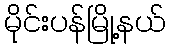
မိုင်းပန်မြို့နယ်